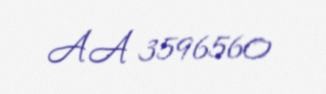
AA 3596560